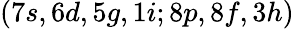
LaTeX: (7s,6d,5g,1i;8p,8f,3h)